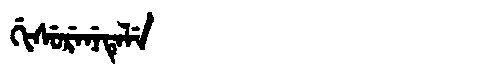
Manchu: ᡤᡳᠰᡠᡵᡝᠨᡝᡨᡝᠯᡝ
Romanization: GISURENETELE